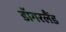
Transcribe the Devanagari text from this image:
डॉगरलैंड